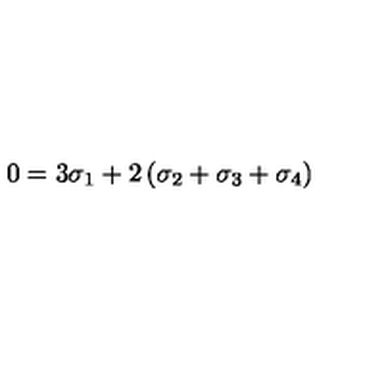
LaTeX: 0 = 3 \sigma _ { 1 } + 2 \left( \sigma _ { 2 } + \sigma _ { 3 } + \sigma _ { 4 } \right)